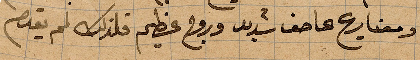
ومعنا ريح عاصف شديد وروح عظيم فلذلك لم يقدم